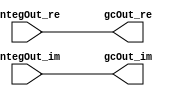
// -------------------------------------------------------------
// 
// 
// Generated by MATLAB 9.13 and HDL Coder 4.0
// 
// -------------------------------------------------------------


// -------------------------------------------------------------
// 
// Module: gcSection
// Source Path: whdlOFDMTransmitter_up_con/OFDM_UC/HDL_DUC/CICInterpolator/gcSection
// Hierarchy Level: 3
// 
// -------------------------------------------------------------

`timescale 1 ns / 1 ns

module gcSection
          (integOut_re,
           integOut_im,
           gcOut_re,
           gcOut_im);


  input   signed [19:0] integOut_re;  // sfix20_En14
  input   signed [19:0] integOut_im;  // sfix20_En14
  output  signed [19:0] gcOut_re;  // sfix20_En14
  output  signed [19:0] gcOut_im;  // sfix20_En14




  assign gcOut_re = integOut_re;

  assign gcOut_im = integOut_im;

endmodule  // gcSection